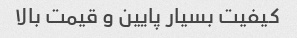
کیفیت بسیار پایین و قیمت بالا